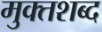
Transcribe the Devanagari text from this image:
मुक्तशब्द